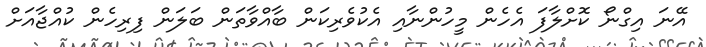
އޭނަ އިގްނޯ ކޮށްލާފަ އެހެން މީހުންނާއި އެކުވެރިކަން ބާއްވާތަން ބަލަން ފިރިހެން ކުއްޖާއަށް